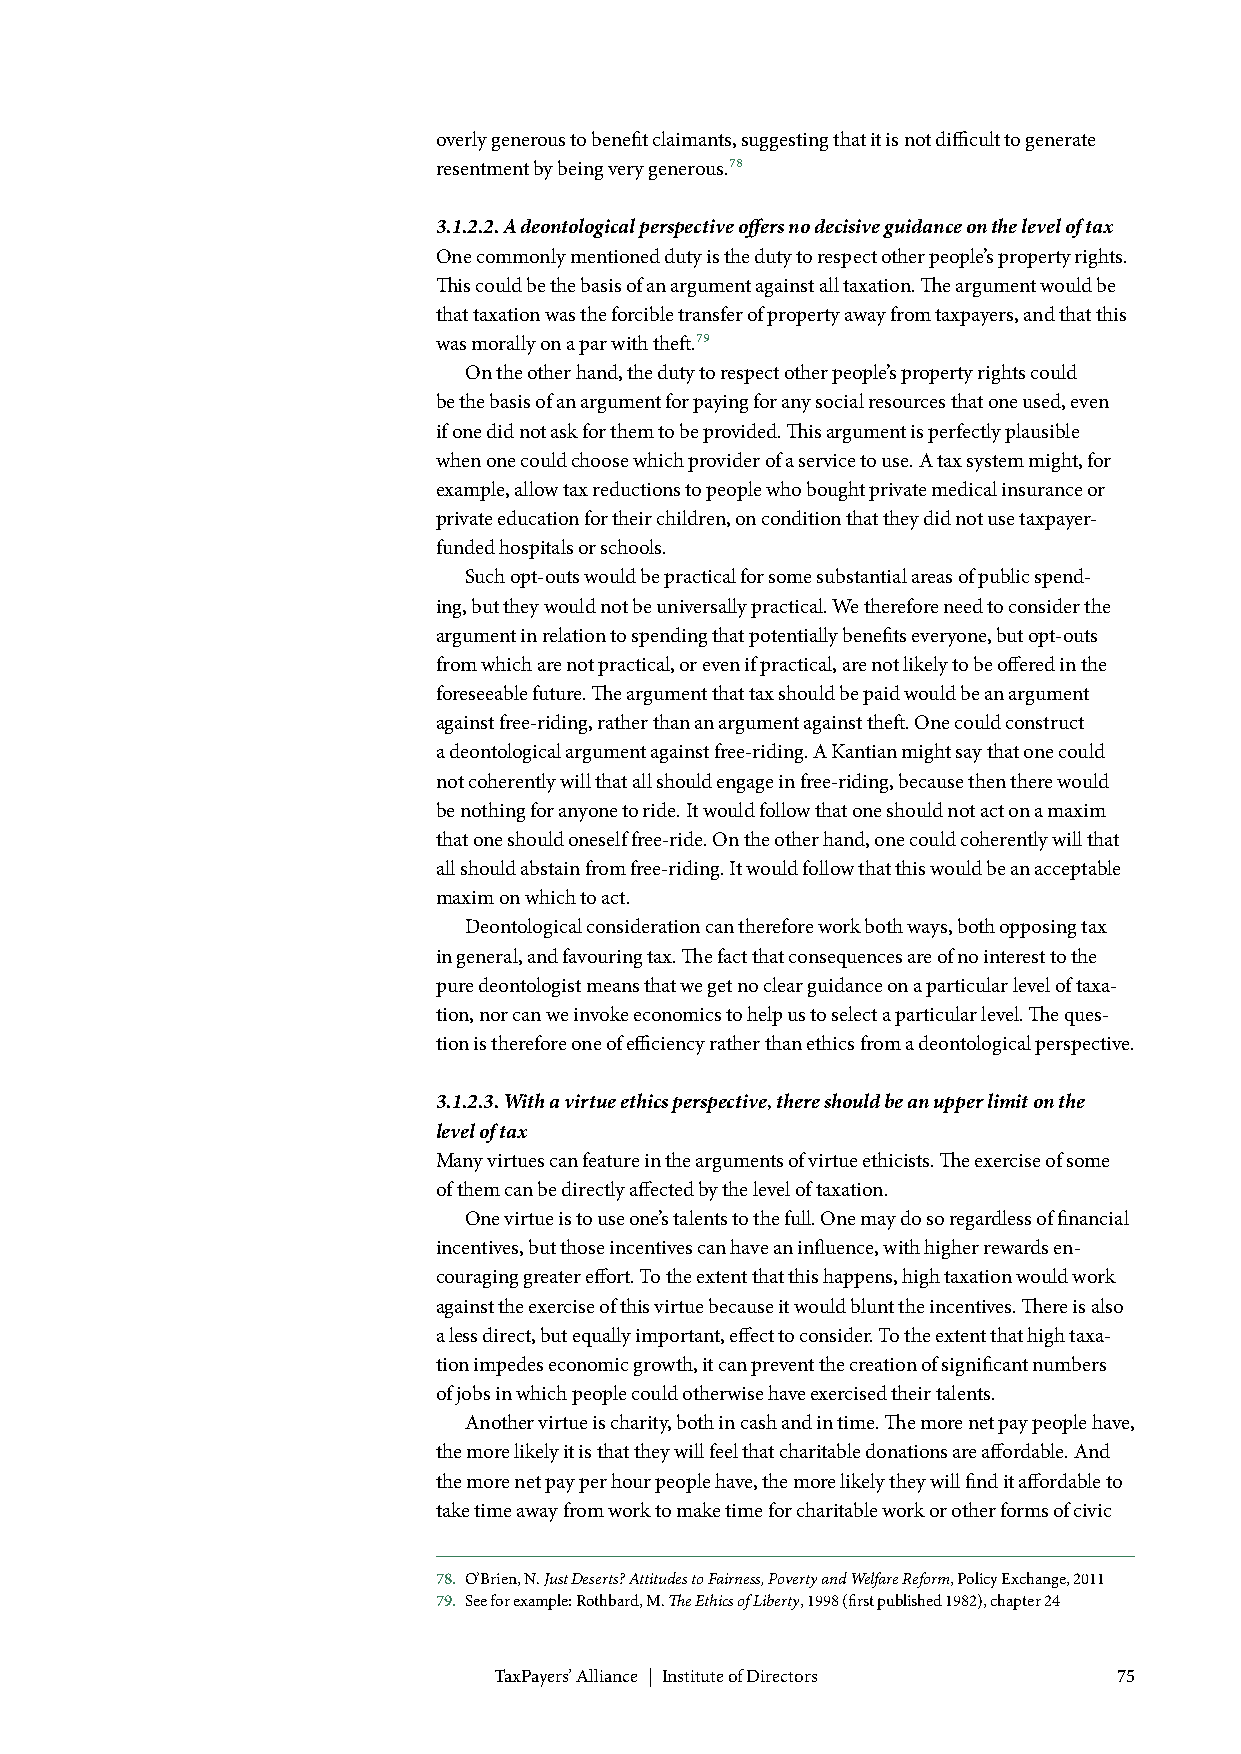
overly generous to benefit claimants, suggesting that it is not difficult to generate
 resentment by being very generous.78
 3.1.2.2. A deontological perspective offers no decisive guidance on the level of tax
 One commonly mentioned duty is the duty to respect other people’s property rights.
 This could be the basis of an argument against all taxation. The argument would be
 that taxation was the forcible transfer of property away from taxpayers, and that this
 was morally on a par with theft.79
 On the other hand, the duty to respect other people’s property rights could
 be the basis of an argument for paying for any social resources that one used, even
 if one did not ask for them to be provided. This argument is perfectly plausible
 when one could choose which provider of a service to use. A tax system might, for
 example, allow tax reductions to people who bought private medical insurance or
 private education for their children, on condition that they did not use taxpayer-
 funded hospitals or schools.
 Such opt-outs would be practical for some substantial areas of public spend-
 ing, but they would not be universally practical. We therefore need to consider the
 argument in relation to spending that potentially benefits everyone, but opt-outs
 from which are not practical, or even if practical, are not likely to be offered in the
 foreseeable future. The argument that tax should be paid would be an argument
 against free-riding, rather than an argument against theft. One could construct
 a deontological argument against free-riding. A Kantian might say that one could
 not coherently will that all should engage in free-riding, because then there would
 be nothing for anyone to ride. It would follow that one should not act on a maxim
 that one should oneself free-ride. On the other hand, one could coherently will that
 all should abstain from free-riding. It would follow that this would be an acceptable
 maxim on which to act.
 Deontological consideration can therefore work both ways, both opposing tax
 in general, and favouring tax. The fact that consequences are of no interest to the
 pure deontologist means that we get no clear guidance on a particular level of taxa-
 tion, nor can we invoke economics to help us to select a particular level. The ques-
 tion is therefore one of efficiency rather than ethics from a deontological perspective.
 3.1.2.3. With a virtue ethics perspective, there should be an upper limit on the
 level of tax
 Many virtues can feature in the arguments of virtue ethicists. The exercise of some
 of them can be directly affected by the level of taxation.
 One virtue is to use one’s talents to the full. One may do so regardless of financial
 incentives, but those incentives can have an influence, with higher rewards en-
 couraging greater effort. To the extent that this happens, high taxation would work
 against the exercise of this virtue because it would blunt the incentives. There is also
 a less direct, but equally important, effect to consider. To the extent that high taxa-
 tion impedes economic growth, it can prevent the creation of significant numbers
 of jobs in which people could otherwise have exercised their talents.
 Another virtue is charity, both in cash and in time. The more net pay people have,
 the more likely it is that they will feel that charitable donations are affordable. And
 the more net pay per hour people have, the more likely they will find it affordable to
 take time away from work to make time for charitable work or other forms of civic
 78. O’Brien, N. Just Deserts? Attitudes to Fairness, Poverty and Welfare Reform, Policy Exchange, 2011
 79. See for example: Rothbard, M. The Ethics of Liberty, 1998 (first published 1982), chapter 24
 TaxPayers’ Alliance | Institute of Directors 75